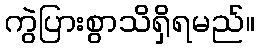
ကွဲပြားစွာသိရှိရမည်။